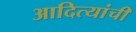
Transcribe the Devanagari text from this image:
आदित्यांची